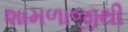
શામળાજીથી